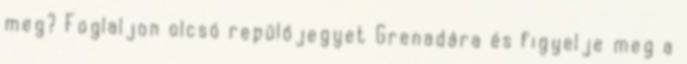
meg? Foglaljon olcsó repülőjegyet Grenadára és figyelje meg a